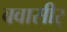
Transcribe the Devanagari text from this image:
बवासीर्